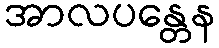
အာလပန္တေန